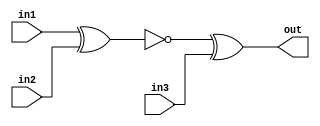
module top_module (
    input in1,
    input in2,
    input in3,
    output out);

    wire out0;

    assign out0 = !(in1^in2);
    assign out = out0^in3;

endmodule